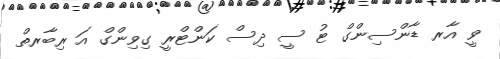
ވީ އާރ ޑާންސިންގް ޓު ސީ ދިސް ކަންޓްރީ ގިވިންގް އަ ރިބާރތް